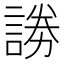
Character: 𮘞